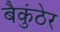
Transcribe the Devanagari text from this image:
बैकुंठेर